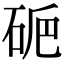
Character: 𥑽